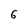
Character: 6